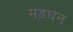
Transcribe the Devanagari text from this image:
मड़घन